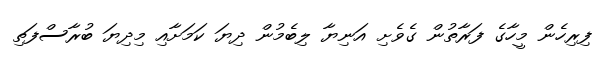
ފިރިހެން މީހާގެ ފަރާތުން ގެވެށި އަނިޔާ ލިބެމުން ދިޔަ ކަމަށާއި މިދިޔަ ބުރާސްފަތި